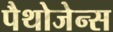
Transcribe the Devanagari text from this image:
पैथोजेन्स